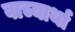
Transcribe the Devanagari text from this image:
वाच्यार्था